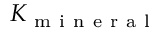
K _ { \mathrm { ~ m ~ i ~ n ~ e ~ r ~ a ~ l ~ } }